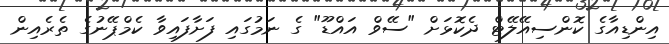
އިންޑިއާގެ ކޮންސިއޭލޭޓް ދެކޮޅަށް "ސޭވް އައްޑޫ" ގެ ނަމުގައި ފަށާފައިވާ ކެމްޕޭނުގެ ތެރެއިން